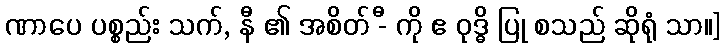
ဏာပေ ပစ္စည်း သက်, နီ ၏ အစိတ် -ီ ကို ဧ ဝုဒ္ဓိ ပြု စသည် ဆိုရုံ သာ။]